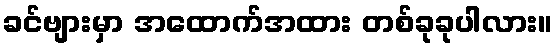
ခင်ဗျားမှာ အထောက်အထား တစ်ခုခုပါလား။